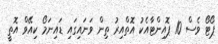
ޕޯޓޯ ވެސް 10 ޕޮއިންޓާއެކު އޮތްއިރު ތިން ވަނައިގައި ޑައިނަމޯ ކިއޭވް އޮތީ